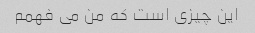
این چیزی است که من می فهمم